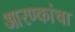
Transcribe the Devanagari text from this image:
आरण्कांचा